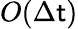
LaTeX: O(\Delta\mathsf{t})